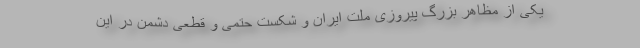
یکی از مظاهر بزرگ پیروزی ملت ایران و شکست حتمی و قطعی دشمن در این